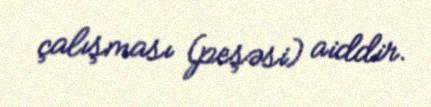
çalışması (peşəsi) aiddir.